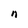
Character: n